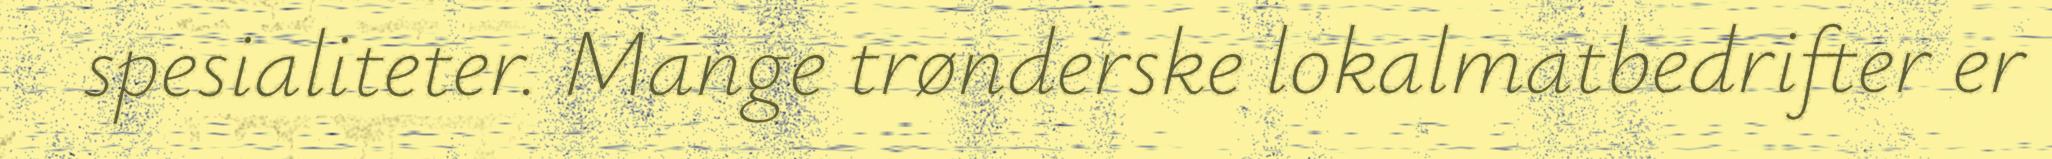
spesialiteter. Mange trønderske lokalmatbedrifter er